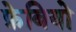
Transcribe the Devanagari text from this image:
फ़ेबियो